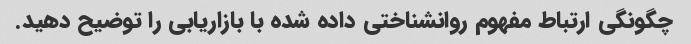
چگونگی ارتباط مفهوم روانشناختی داده شده با بازاریابی را توضیح دهید.